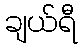
ချယ်ရီ